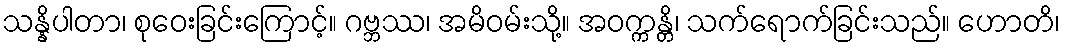
သန္နိပါတာ၊ စုဝေးခြင်းကြောင့်။ ဂဗ္ဘဿ၊ အမိဝမ်းသို့။ အဝက္ကန္တိ၊ သက်ရောက်ခြင်းသည်။ ဟောတိ၊